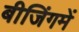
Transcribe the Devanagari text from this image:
बीजिंगमें